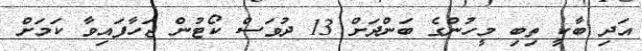
އަދި ބާކީ ތިބި މީހުންގެ ބަންދަށް 13 ދުވަސް ކޯޓުން ޖަހާފައިވާ ކަމަށް